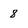
Character: 8